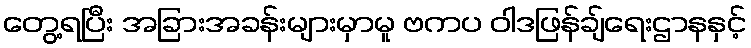
တွေ့ရပြီး အခြားအခန်းများမှာမူ ဗကပ ဝါဒဖြန်ချ်ရေးဌာနနှင့်